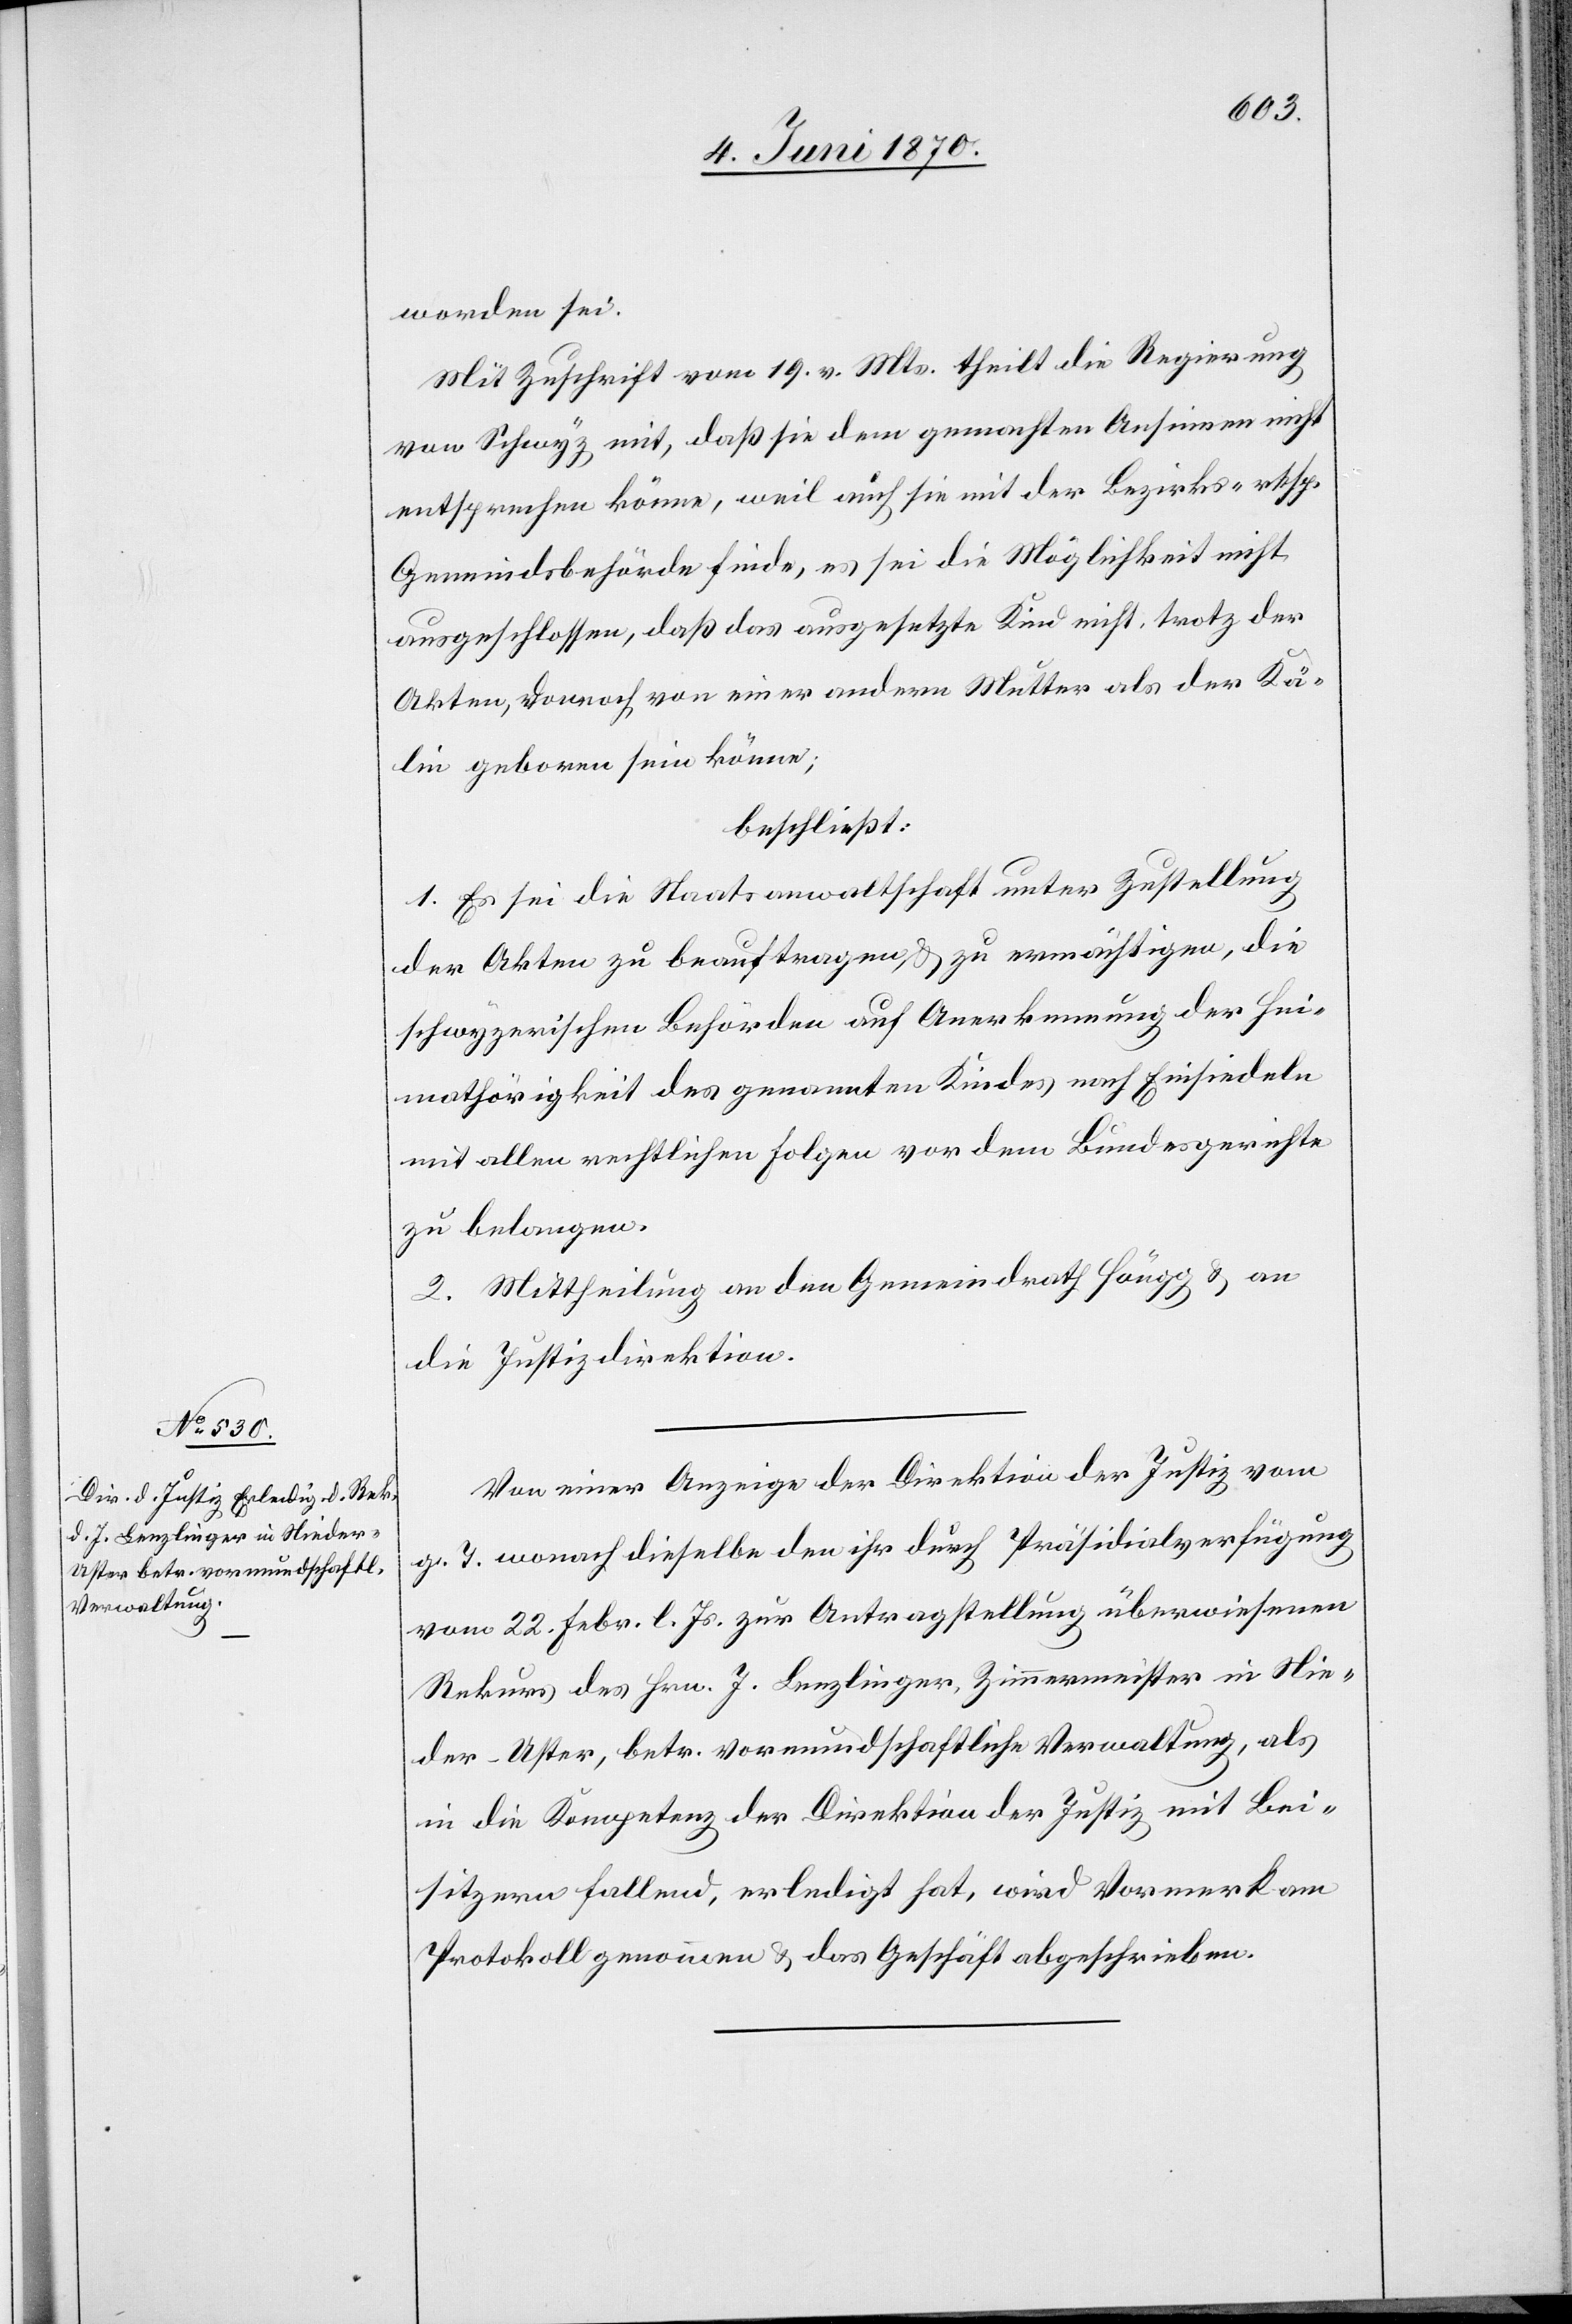
worden sei.
Mit Zuschrift vom 19. v. Mts. theilt die Regierung
von Schwyz mit, daß sie dem gemachten Ansinnen nicht
entsprechen könne, weil auch sie mit der Bezirks- resp.
Gemeindsbehörde finde, es sei die Möglichkeit nicht
ausgeschlossen, daß das ausgesetzte Kind nicht, trotz der
Akten, vornach von einer andern Mutter als der Kä¬
lin geboren sein könne;
beschließt:
1. Es sei die Staatsanwaltschaft unter Zustellung
der Akten zu beauftragen & zu ermächtigen, die
schwyzerischen Behörden auf Anerkennung der Hei¬
mathörigkeit des genannten Kindes nach Einsiedeln
mit allen rechtlichen Folgen vor dem Bundesgerichte
zu belangen.
2. Mittheilung an den Gemeindrath Höngg & an
die Justizdirektion.
Von einer Anzeige der Direktion der Justiz vom
g. T. wonach dieselbe den ihr durch Präsidialverfügung
vom 22. Febr. l. Js. zur Antragstellung überwiesenen
Rekurs des Hrn. J. Lenzlinger, Zimmermeister in Nie¬
der-Uster, betr. vormundschaftliche Verwaltung, als
in die Kompetenz der Direktion der Justiz mit Bei¬
sitzern fallend, erledigt hat, wird Vormerk am
Protokoll genommen & das Geschäft abgeschrieben.